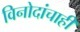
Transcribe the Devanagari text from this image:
विनोदांचाही